Civil Veterinary Department Bihar reports 1940-50 - 1940-1950
Year: 1940
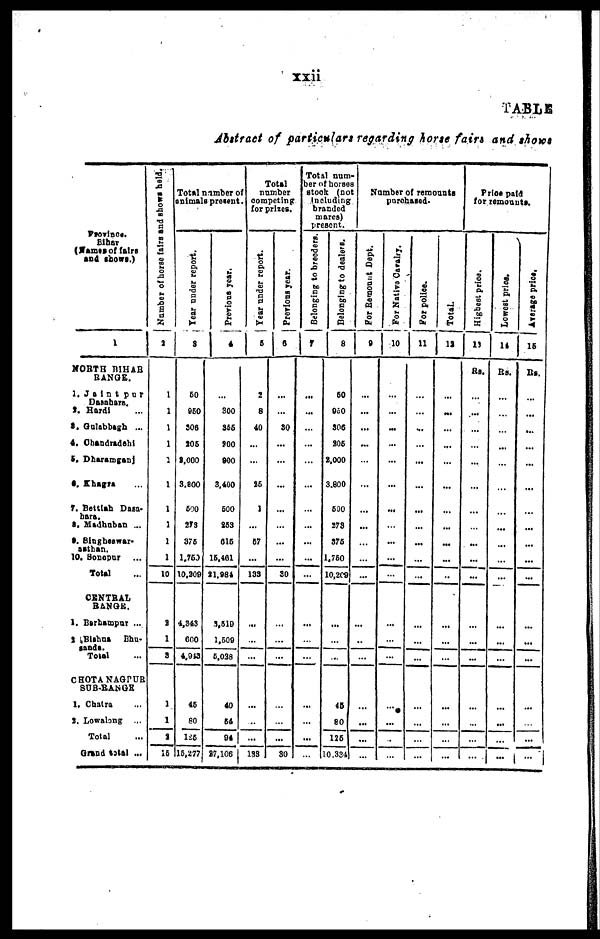
xxii
TABLE
Abstract of particulars regarding horse fairs and shows
Province,
Bihar
(Names of fairs
and shows.)
1
NORTH BIHAR
RANGE.
1. Jaintpur
Dasahare.
2. Hardi ...
3. Gulabhagh ...
4. Chandradehi
5. Dharamganj
6. Khagra ...
7. Bettiah Dasa-
hare.
8, Madhuban ...
9. Singheswar.
asthan.
10. Sonepur
Total
CENTRAL
RANGE.
1. Barhampur ...
2.Bishna Bhu-
sande
Total ...
CHOTANAGPUR
SUB-RANGE
1. Chatra ...
2. Lowalong ...
Total ...
Grand total ...
Number of horse fairs and shows held.
2
1
1
1
1
1
1
1
1
1
1
10
2
1
3
1
1
2
15
Total number of
animals present
Year
under report.
3
50
950
306
205
2,000
3,800
500
273
375
1,750
10,309
4,343
600
4,943
46
80
125
15,277
Previous year.
4
...
300
355
900
900
3,400
500
263
615
15,401
21,984
3,519
1,509
5,038
40
64
94
27,106
Total
number
competing
for prizes.
Year under report.
5
2
8
40
...
...
25
1
...
67
...
133
...
...
...
...
...
...
133
Previous year.
6
...
...
30
...
...
...
...
...
...
...
30
...
...
...
...
...
...
30
Total num
ber of horse
stock (not
Including
branded
mares)
present.
Belonging to breeders.
7
...
...
...
...
...
...
...
...
...
...
...
...
...
...
...
...
...
...
Belonging to dealers.
8
50
950
306
205
2.000
3,800
500
273
375
1,750
10,209
...
...
...
45
80
126
10.334
Number of remounts
purchased.
For Remount Dept.
9
...
...
...
...
...
...
...
...
...
...
...
...
...
...
...
...
...
...
For Native Cavalry.
10
...
...
...
...
...
...
...
...
...
...
...
...
...
...
...
...
...
...
For police.
11
...
...
...
...
...
...
...
...
...
...
...
...
...
...
...
...
...
...
Total.
12
...
...
...
...
...
...
...
...
...
...
...
...
...
...
...
...
...
...
Price paid
for remounts.
Highest price.
13
Rs.
...
...
...
...
...
...
...
...
...
...
...
...
...
...
...
...
...
...
Lowest price.
14
Rs.
...
...
...
...
...
...
...
...
...
...
...
...
...
...
...
...
...
...
Average price.
15
Rs.
...
...
...
...
...
...
...
...
...
...
...
...
...
...
...
...
...
...